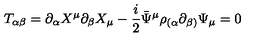
T _ { \alpha \beta } = \partial _ { \alpha } X ^ { \mu } \partial _ { \beta } X _ { \mu } - \frac { i } { 2 } \bar { \Psi } ^ { \mu } \rho _ { ( \alpha } \partial _ { \beta ) } \Psi _ { \mu } = 0